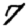
Digit: 7